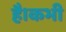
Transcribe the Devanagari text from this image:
है।कभी